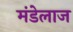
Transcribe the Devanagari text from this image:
मंडेलाज